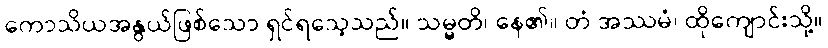
ကောသိယအနွယ်ဖြစ်သော ရှင်ရသေ့သည်။ သမ္မတိ၊ နေ၏။ တံ အဿမံ၊ ထိုကျောင်းသို့။